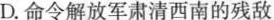
D.命令解放军肃清西南的残敌